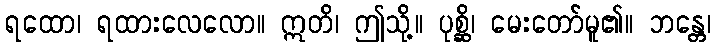
ရထော၊ ရထားလေလော။ ဣတိ၊ ဤသို့။ ပုစ္ဆိ၊ မေးတော်မူ၏။ ဘန္တေ၊